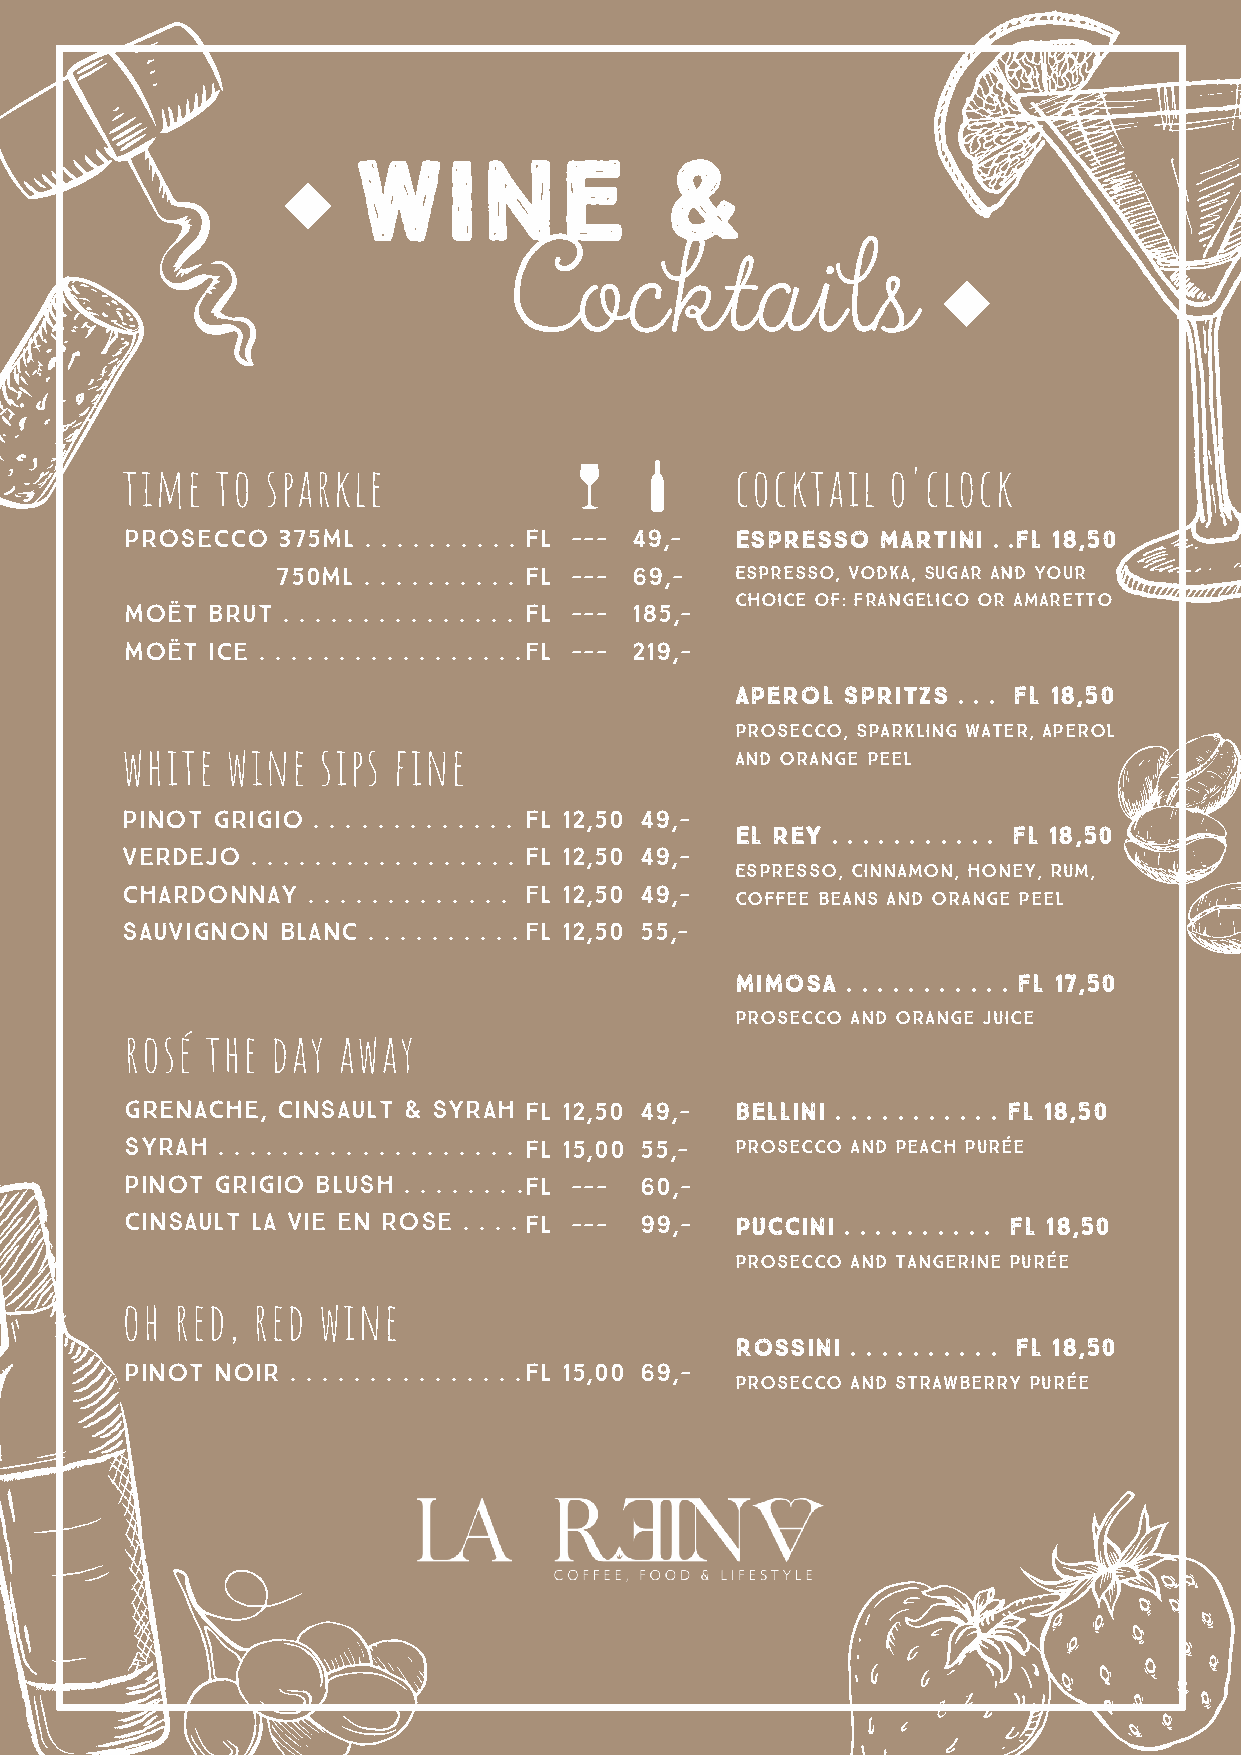
Wine                 &
 Cocktails
 time  to  sparkle                        cocktail  o'clock
 prosecco  375ml . . . . . . . . . . F L - -- 49,- Espresso Martini . .fl 18,50
 750ml . . . . . . . . . . FL --- 69,- Espresso, Vodka, Sugar and your
 choice of: Frangelico or amaretto
 Moët  brut . . . . . . . . . . . . . . . FL --- 1 85,-
 moët  ice . . . . . . . . . . . . . . . . .fl --- 219,-
 Aperol Spritzs . . . fl 18,50
 prosecco, Sparkling water, aperol
 white  wine  sips fine
 and Orange peel
 pinot grigio . . . . . . . . . . . . . FL 12,50 49,-
 El rey . . . . . . . . . . . fl 18,50
 verdejo  . . . . . . . . . . . . . . . . . FL 12,50 49,-
 Espresso, Cinnamon, honey, Rum,
 chardonnay  . . . . . . . . . . . . . fl 12,50 49,-
 Coffee beans and Orange peel
 sauvignon  blanc . . . . . . . . . . fl 12,50 55,-
 mimosa . . . . . . . . . . . fl 17,50
 prosecco and orange juice
 rosé  the day away
 GRENACHE, cinsault & syrah FL 12,50 49,- Bellini . . . . . . . . . . . fl 18,50
 syrah . . . . . . . . . . . . . . . . . . . FL 15,00 55,- prosecco and peach purée
 pinot grigio blush . . . . . . . .FL --- 60,-
 Cinsault la vie en rose . . . . FL --- 99,- Puccini . . . . . . . . . . fl 18,50
 prosecco and tangerine purée
 oh  red, red wine
 Rossini . . . . . . . . . . fl 18,50
 pinot noir . . . . . . . . . . . . . . .FL 15,00 69,-
 prosecco and strawberry purée